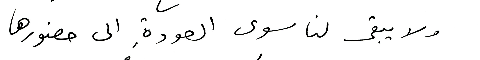
ولا يبقى لنا سوى العودةِ الى حضورها